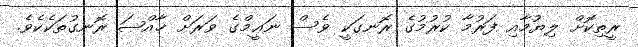
ރީތިކޮށް ލިޔުމާއި ފަރުމާ ކުރުމުގެ ރޮނގަކީ ވެސް ނަޢީމްގެ ވަރަށް ޚާއްޞަ ރޮނގުތަކެކެވެ.